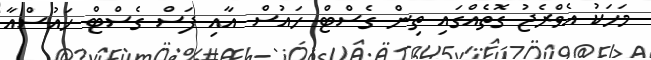
މަހަކު އެވްރެޖު ގޮތެއްގައި ތިން ގެސްޓް ހައުސް އާއި ފަސް ގެސްޓް ހައުސްއާ